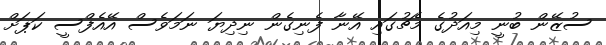
ސުޒޭން ބުނީ މިއަދުގެ މެޗުގައި އޭނާ ފެނިގެން ނިދިޔަ ނަމަވެސް އޭއެފްސީ ކަޕަށް